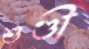
শুণ্ডী